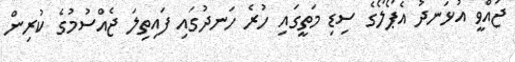
ޖައްވީ އުޅަނދު އެޕޯލޯގެ ސިޑި މަތީގައި ހުރެ ހަނދުގައި ފައިތިލަ ޖެއްސުމުގެ ކުރިން